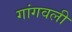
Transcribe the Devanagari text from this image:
गांगवली